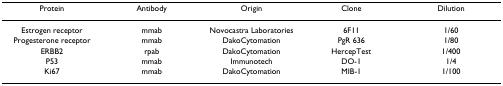
<table><thead><tr><td><b>Protein</b></td><td><b>Antibody</b></td><td><b>Origin</b></td><td><b>Clone</b></td><td><b>Dilution</b></td></tr></thead><tbody><tr><td>Estrogen receptor</td><td>mmab</td><td>Novocastra Laboratories</td><td>6F11</td><td>1/60</td></tr><tr><td>Progesterone receptor</td><td>mmab</td><td>DakoCytomation</td><td>PgR 636</td><td>1/80</td></tr><tr><td>ERBB2</td><td>rpab</td><td>DakoCytomation</td><td>HercepTest</td><td>1/400</td></tr><tr><td>P53</td><td>mmab</td><td>Immunotech</td><td>DO-1</td><td>1/4</td></tr><tr><td>Ki67</td><td>mmab</td><td>DakoCytomation</td><td>MIB-1</td><td>1/100</td></tr></tbody></table>